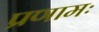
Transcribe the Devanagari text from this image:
प्रणामः